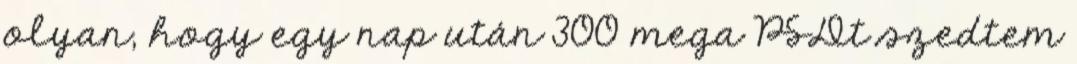
olyan, hogy egy nap után 300 mega PSDt szedtem